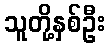
သူတို့နှစ်ဦး